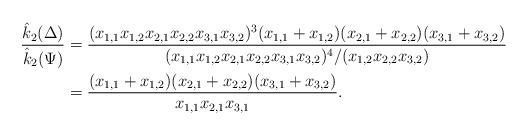
LaTeX: \begin{align*}\dfrac{\hat{k}_2(\Delta)}{\hat{k}_2(\Psi)}&= \dfrac{(x_{1,1}x_{1,2}x_{2,1}x_{2,2}x_{3,1}x_{3,2})^3(x_{1,1}+x_{1,2})(x_{2,1}+x_{2,2})(x_{3,1}+x_{3,2})}{(x_{1,1}x_{1,2}x_{2,1}x_{2,2}x_{3,1}x_{3,2})^4/(x_{1,2}x_{2,2}x_{3,2})}\\&= \dfrac{(x_{1,1}+x_{1,2})(x_{2,1}+x_{2,2})(x_{3,1}+x_{3,2})}{x_{1,1}x_{2,1}x_{3,1}}.\end{align*}